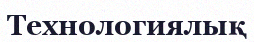
Технологиялық